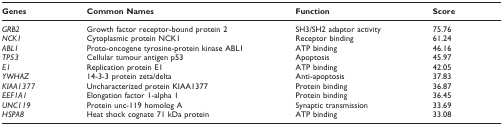
<table><thead><tr><td><b>Genes</b></td><td><b>Common Names</b></td><td><b>Function</b></td><td><b>Score</b></td></tr></thead><tbody><tr><td><i>GRB2</i></td><td>Growth factor receptor-bound protein 2</td><td>SH3/SH2 adaptor activity</td><td>75.76</td></tr><tr><td><i>NCK1</i></td><td>Cytoplasmic protein NCK1</td><td>Receptor binding</td><td>61.24</td></tr><tr><td><i>ABL1</i></td><td>Proto-oncogene tyrosine-protein kinase ABL1</td><td>ATP binding</td><td>46.16</td></tr><tr><td><i>TP53</i></td><td>Cellular tumour antigen p53</td><td>Apoptosis</td><td>45.97</td></tr><tr><td><i>E1</i></td><td>Replication protein E1</td><td>ATP binding</td><td>42.05</td></tr><tr><td><i>YWHAZ</i></td><td>14-3-3 protein zeta/delta</td><td>Anti-apoptosis</td><td>37.83</td></tr><tr><td><i>KIAA1377</i></td><td>Uncharacterized protein KIAA1377</td><td>Protein binding</td><td>36.87</td></tr><tr><td><i>EEF1A1</i></td><td>Elongation factor 1-alpha 1</td><td>Protein binding</td><td>36.45</td></tr><tr><td><i>UNC119</i></td><td>Protein unc-119 homolog A</td><td>Synaptic transmission</td><td>33.69</td></tr><tr><td><i>HSPA8</i></td><td>Heat shock cognate 71 kDa protein</td><td>ATP binding</td><td>33.08</td></tr></tbody></table>